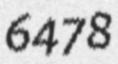
6478